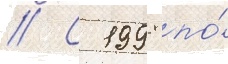
// С 1998 по́